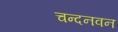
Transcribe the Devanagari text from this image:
चन्दनवन